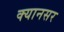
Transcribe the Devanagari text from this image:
क्यानसर